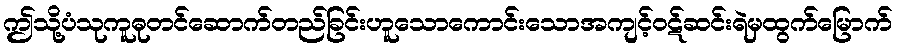
ဤသို့ပံသုကူဓုတင်ဆောက်တည်ခြင်းဟူသောကောင်းသောအကျင့်ဝဋ်ဆင်းရဲမှထွက်မြောက်